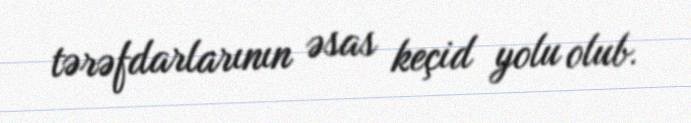
tərəfdarlarının əsas keçid yolu olub.